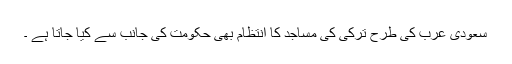
سعودی عرب کی طرح ترکی کی مساجد کا انتظام بھی حکومت کی جانب سے کیا جاتا ہے ۔